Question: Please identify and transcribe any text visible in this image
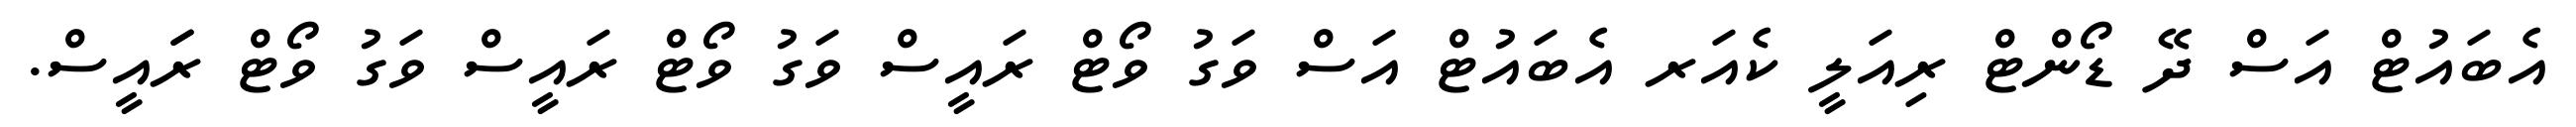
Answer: އެބައުޓް އަސް ދޭ ޑޯންޓް ރިއަލީ ކެއަރ އެބައުޓް އަސް ވަގު ވޯޓް ރައީސް ވަގު ވޯޓް ރައީސް ވަގު ވޯޓް ރަައީސް.